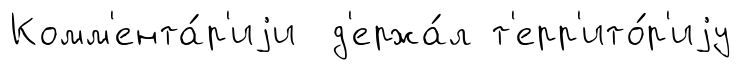
Комм'ента́р'иjи д'ержа́л т'ерр'ито́р'иjу